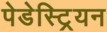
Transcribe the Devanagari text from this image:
पेडेस्ट्रियन